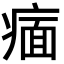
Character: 𬏶